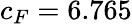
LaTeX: c_{F}=6.765